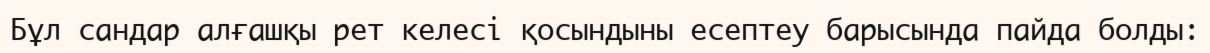
Бұл сандар алғашқы рет келесі қосындыны есептеу барысында пайда болды: